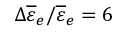
\Delta \overline { { \varepsilon } } _ { e } / \overline { { \varepsilon } } _ { e } = 6 \